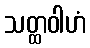
သတ္ထဝါဟံ